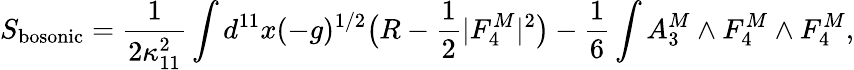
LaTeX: S_{\mathrm{bosonic}}=\frac{1}{2\kappa_{11}^{2}}\int d^{11}x(-g)^{1/2}\bigl(R-\frac{1}{2}|F_{4}^{M}|^{2}\bigr)-\frac{1}{6}\int A_{3}^{M}\wedge F_{4}^{M}\wedge F_{4}^{M},